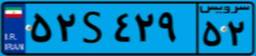
۵۲S۴۲۹۵۲